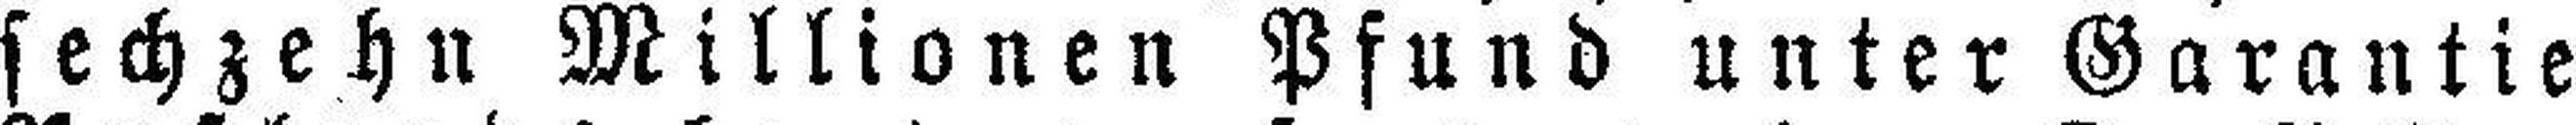
sechzehn Millionen Pfund unter Garantie